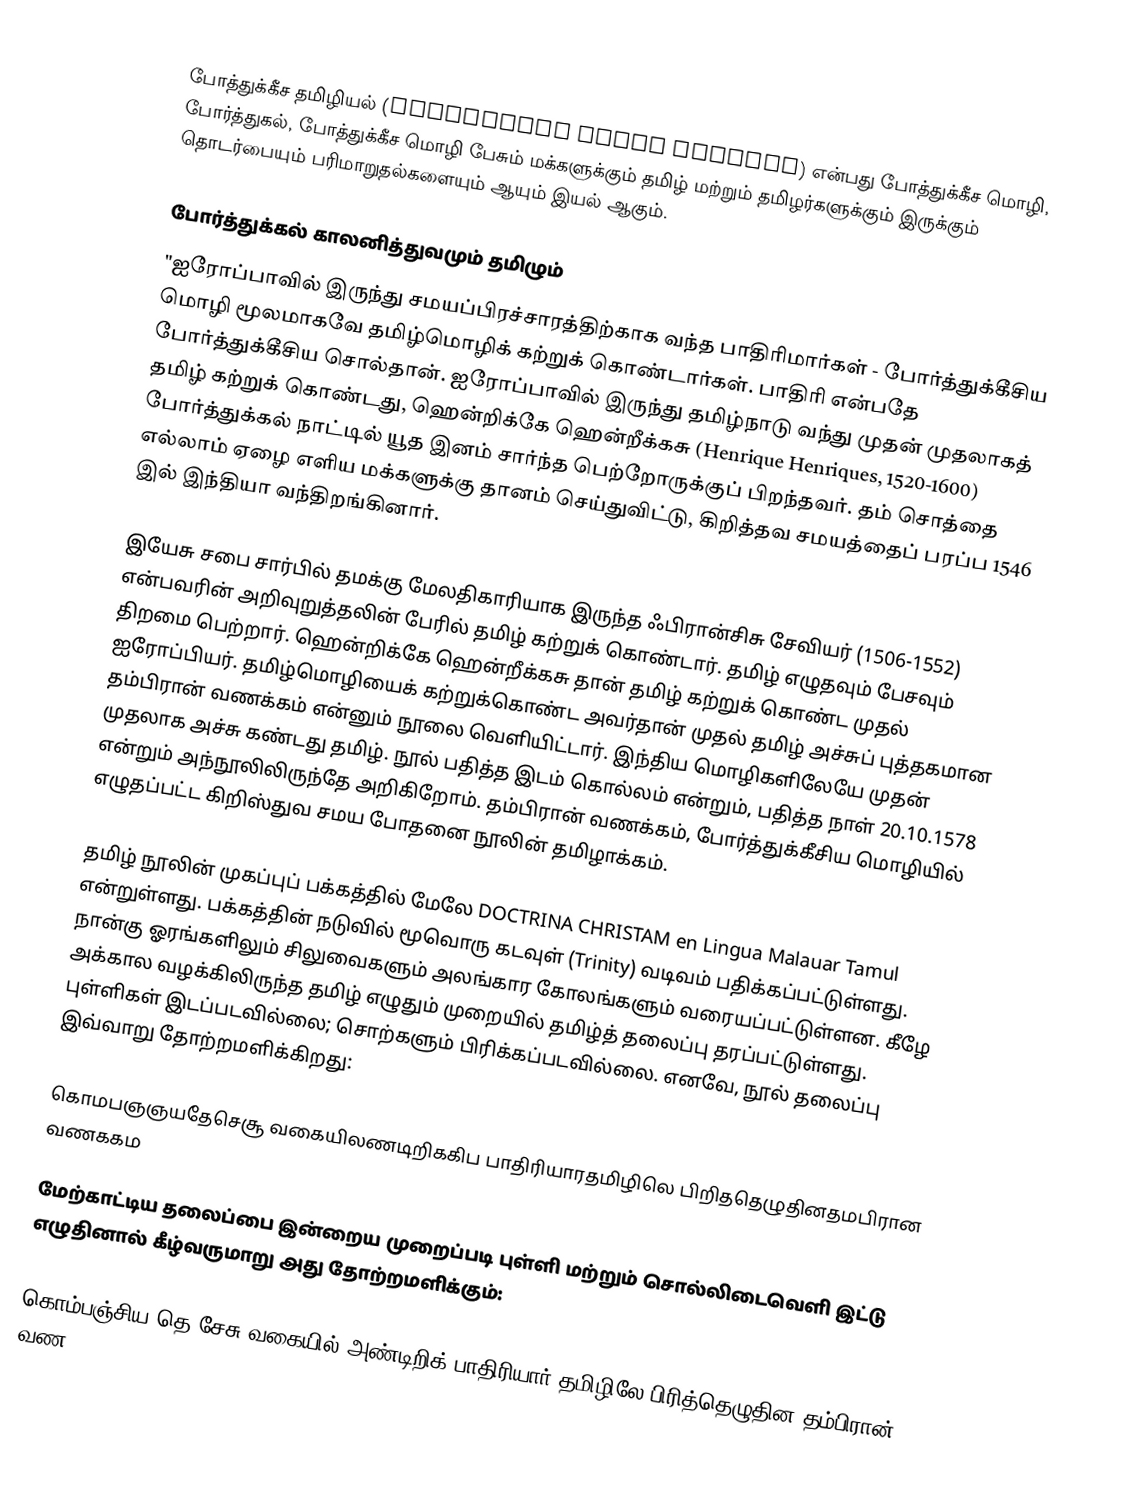
போத்துக்கீச தமிழியல் (Portuguese Tamil Studies) என்பது போத்துக்கீச மொழி, போர்த்துகல், போத்துக்கீச மொழி பேசும் மக்களுக்கும் தமிழ் மற்றும் தமிழர்களுக்கும் இருக்கும் தொடர்பையும் பரிமாறுதல்களையும் ஆயும் இயல் ஆகும்.

போர்த்துக்கல் காலனித்துவமும் தமிழும்
"ஐரோப்பாவில் இருந்து சமயப்பிரச்சாரத்திற்காக வந்த பாதிரிமார்கள் - போர்த்துக்கீசிய மொழி மூலமாகவே தமிழ்மொழிக் கற்றுக் கொண்டார்கள். பாதிரி என்பதே போர்த்துக்கீசிய சொல்தான். ஐரோப்பாவில் இருந்து தமிழ்நாடு வந்து முதன் முதலாகத் தமிழ் கற்றுக் கொண்டது, ஹென்றிக்கே ஹென்றீக்கசு (Henrique Henriques, 1520-1600) போர்த்துக்கல் நாட்டில் யூத இனம் சார்ந்த பெற்றோருக்குப் பிறந்தவர். தம் சொத்தை எல்லாம் ஏழை எளிய மக்களுக்கு தானம் செய்துவிட்டு, கிறித்தவ சமயத்தைப் பரப்ப 1546 இல் இந்தியா வந்திறங்கினார்.

இயேசு சபை சார்பில் தமக்கு மேலதிகாரியாக இருந்த ஃபிரான்சிசு சேவியர் (1506-1552) என்பவரின் அறிவுறுத்தலின் பேரில் தமிழ் கற்றுக் கொண்டார். தமிழ் எழுதவும் பேசவும் திறமை பெற்றார். ஹென்றிக்கே ஹென்றீக்கசு தான் தமிழ் கற்றுக் கொண்ட முதல் ஐரோப்பியர். தமிழ்மொழியைக் கற்றுக்கொண்ட அவர்தான் முதல் தமிழ் அச்சுப் புத்தகமான தம்பிரான் வணக்கம் என்னும் நூலை வெளியிட்டார். இந்திய மொழிகளிலேயே முதன் முதலாக அச்சு கண்டது தமிழ். நூல் பதித்த இடம் கொல்லம் என்றும், பதித்த நாள் 20.10.1578 என்றும் அந்நூலிலிருந்தே அறிகிறோம். தம்பிரான் வணக்கம், போர்த்துக்கீசிய மொழியில் எழுதப்பட்ட கிறிஸ்துவ சமய போதனை நூலின் தமிழாக்கம்.

தமிழ் நூலின் முகப்புப் பக்கத்தில் மேலே DOCTRINA CHRISTAM en Lingua Malauar Tamul என்றுள்ளது. பக்கத்தின் நடுவில் மூவொரு கடவுள் (Trinity) வடிவம் பதிக்கப்பட்டுள்ளது. நான்கு ஓரங்களிலும் சிலுவைகளும் அலங்கார கோலங்களும் வரையப்பட்டுள்ளன. கீழே அக்கால வழக்கிலிருந்த தமிழ் எழுதும் முறையில் தமிழ்த் தலைப்பு தரப்பட்டுள்ளது. புள்ளிகள் இடப்படவில்லை; சொற்களும் பிரிக்கப்படவில்லை. எனவே, நூல் தலைப்பு இவ்வாறு தோற்றமளிக்கிறது:

கொமபஞஞயதேசெசூ வகையிலணடிறிககிப பாதிரியாரதமிழிலெ பிறிததெழுதினதமபிரான வணககம

மேற்காட்டிய தலைப்பை இன்றைய முறைப்படி புள்ளி மற்றும் சொல்லிடைவெளி இட்டு எழுதினால் கீழ்வருமாறு அது தோற்றமளிக்கும்:

கொம்பஞ்சிய தெ சேசு வகையில் அண்டிறிக் பாதிரியார் தமிழிலே பிரித்தெழுதின தம்பிரான் வண